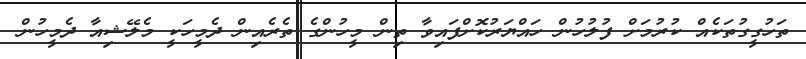
ތަހުގީގުތަކެއް ކުރުމަށް ފުލުހުން ހައްޔަރުކޮށްފައިވާ ތިން މީހުންގެ ތެރެއިން ދެމީހަކީ މެލޭޝިއާ ދެމީހުން